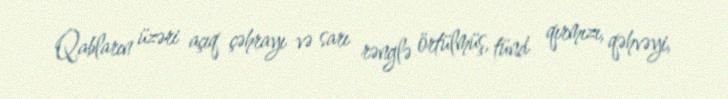
Qabların üzəri açıq çəhrayı və sarı rənglə örtülmüş, tünd qırmızı, qəhvəyi,